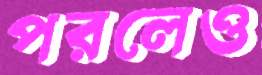
পরলেও